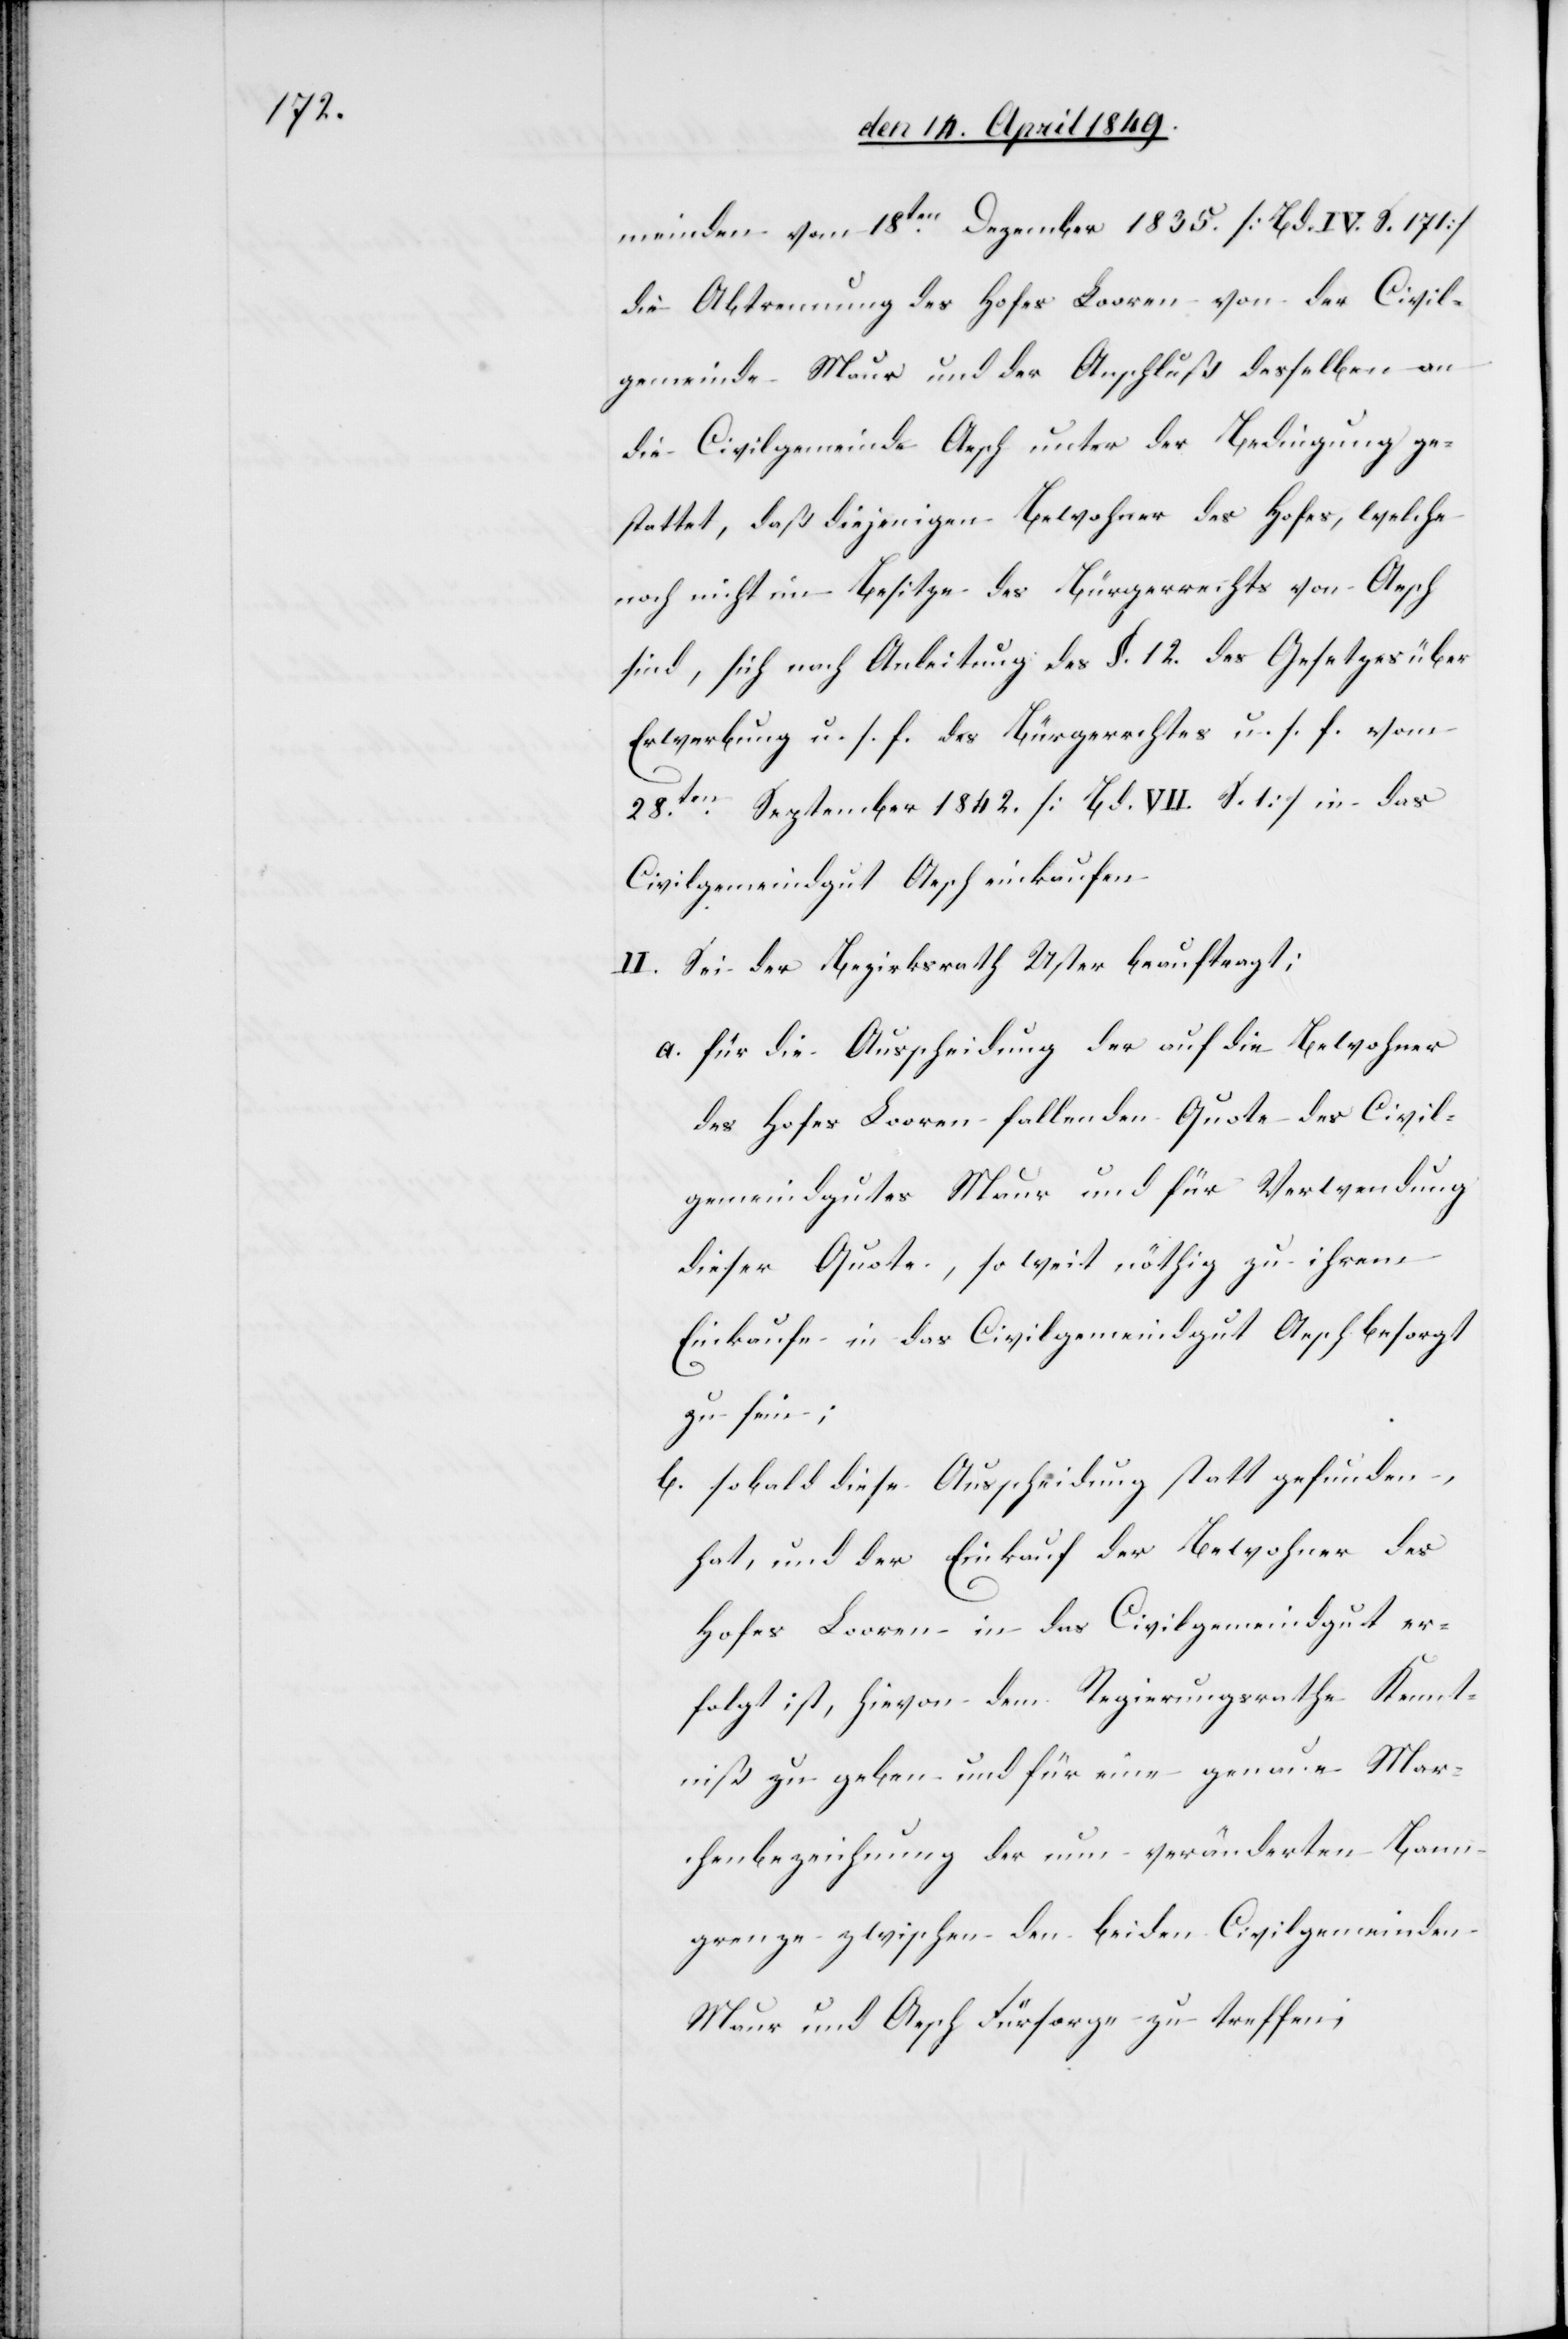
meinden vom 18ten Dezember 1835. [Bd. IV. S. 171]
die Abtrennung des Hofes Looren von der Civil¬
gemeinde Maur und der Anschluß desselben an
die Civilgemeinde Aesch unter der Bedingung ge¬
stattet, daß diejenigen Bewohner des Hofes, welche
noch nicht im Besitze des Bürgerrechts von Aesch
sind, sich nach Anleitung des §. 12. des Gesetzes über
Erwerbung u. s. f. des Bürgerrechtes u. s. f. vom
28ten September 1842. [Bd. VII. S. 1] in das
Civilgemeindgut Aesch einkaufen.
II. Sei der Bezirksrath Uster beauftragt;
a. für die Ausscheidung der auf die Bewohner
des Hofes Looren fallenden Quote des Civil¬
gemeindgutes Maur und für Verwendung
dieser Quote, so weit nöthig zu ihrem
Einkaufe in das Civilgemeindgut Aesch besorgt
zu sein;
b. sobald diese Ausscheidung statt gefunden
hat, und der Einkauf der Bewohner des
Hofes Looren in das Civilgemeindgut er¬
folgt ist, hievon dem Regierungsrathe Kennt¬
niß zu geben und für eine genaue Mar¬
chenbezeichnung der nur veränderten Bann¬
grenze zwischen den beiden Civilgemeinden
Maur und Aesch Fürsorge zu treffen;